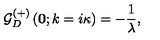
{ \mathcal G } _ { D } ^ { ( + ) } \left( { \bf 0 } ; k = i \kappa \right) = - \frac { 1 } { \lambda } ,